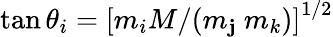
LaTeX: \tan\theta_{i}=\left[m_{i}M/(m_{\mathbf{j}}\ m_{k})\right]^{1/2}